Vaccination in Burma 1889-1999 - 1889-1999
Year: 1889
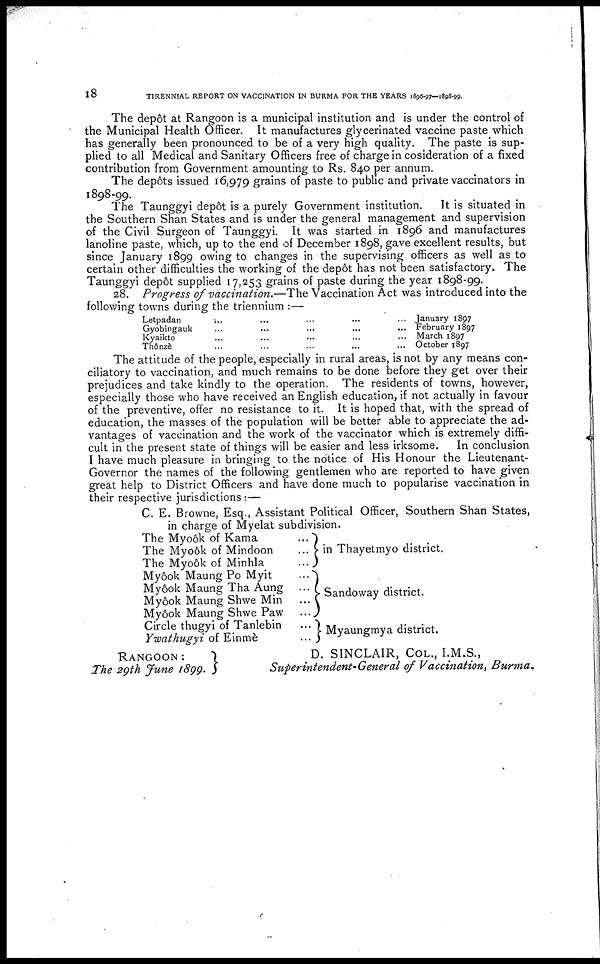
18
TIRENNIAL REPORT ON VACCINATION IN BURMA FOR THE YEARS 1896-97—1898-99.
The depôt at Rangoon is a municipal institution and is under the control of
the Municipal Health Officer. It manufactures glycerinated vaccine paste which
has generally been pronounced to be of a very high quality. The paste is sup-
plied to all Medical and Sanitary Officers free of charge in cosideration of a fixed
contribution from Government amounting to Rs. 840 per annum.
The depôts issued 16,979 grains of paste to public and private vaccinators in
1898-99.
The Taunggyi depôt is a purely Government institution. It is situated in
the Southern Shan States and is under the general management and supervision
of the Civil Surgeon of Taunggyi. It was started in 1896 and manufactures
lanoline paste, which, up to the end of December 1898, gave excellent results, but
since January 1899 owing to changes in the supervising officers as well as to
certain other difficulties the working of the depôt has not been satisfactory. The
Taunggyi depôt supplied 17,253 grains of paste during the year 1898-99.
28. Progress of vaccination.—The Vaccination Act was introduced into the
following towns during the triennium :—
Letpadan ... ... ... ... ...
Gyobingauk ... ... ... ... ...
Kyaikto ... ... ... ... ...
Thônzè ... ... ... ... ...
January 1897
February 1897
March 1897
October 1807
The attitude of the people, especially in rural areas, is not by any means con-
ciliatory to vaccination, and much remains to be done before they get over their
prejudices and take kindly to the operation. The residents of towns, however,
especially those who have received an English education, if not actually in favour
of the preventive, offer no resistance to it. It is hoped that, with the spread of
education, the masses of the population will be better able to appreciate the ad-
vantages of vaccination and the work of the vaccinator which is extremely diffi-
cult in the present state of things will be easier and less irksome. In conclusion
I have much pleasure in bringing to the notice of His Honour the Lieutenant-
Governor the names of the following gentlemen who are reported to have given
great help to District Officers and have done much to popularise vaccination in
their respective jurisdictions:—
C. E. Browne, Esq., Assistant Political Officer, Southern Shan States,
in charge of Myelat subdivision.
The Myoôk of Kama
The Myo6k of Mindoon ...
The Myo6k of Minhla ...
Myook Maung Po Myit ...
My6ok Maung Tha Aung ...
My6ok Maung Shwe Min ...
My6ok Maung Shwe Paw ...
Circle thugyi of Tanlebin ...
Ywathugyi of Einmè ...
in Thayetmyo district.
Sandoway district.
Myaungmya district.
RANGOON:
The 29th June 1899.
D. SINCLAIR, COL., I.M.S.,
Superintendent General of Vaccination, Burma.